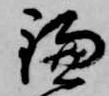
鎌